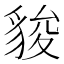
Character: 䝜